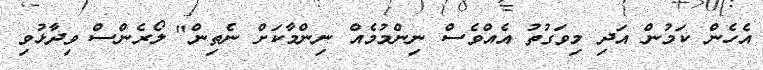
އެހެން ކަމުން އަދި މިވަގުތު އެއްވެސް ނިންމުމެއް ނިންމާކަށް ނެތިން" ލޯރެންސް ވިދާޅުވި